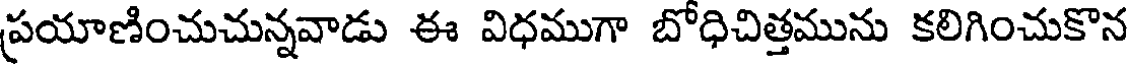
ప్రయాణించుచున్నవాడు ఈ విధముగా బోధిచిత్తమును కలిగించుకొన